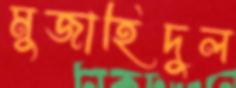
মুজাহিদুল